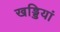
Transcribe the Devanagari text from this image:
खड्डियां